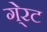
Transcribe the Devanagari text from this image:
गे्रट